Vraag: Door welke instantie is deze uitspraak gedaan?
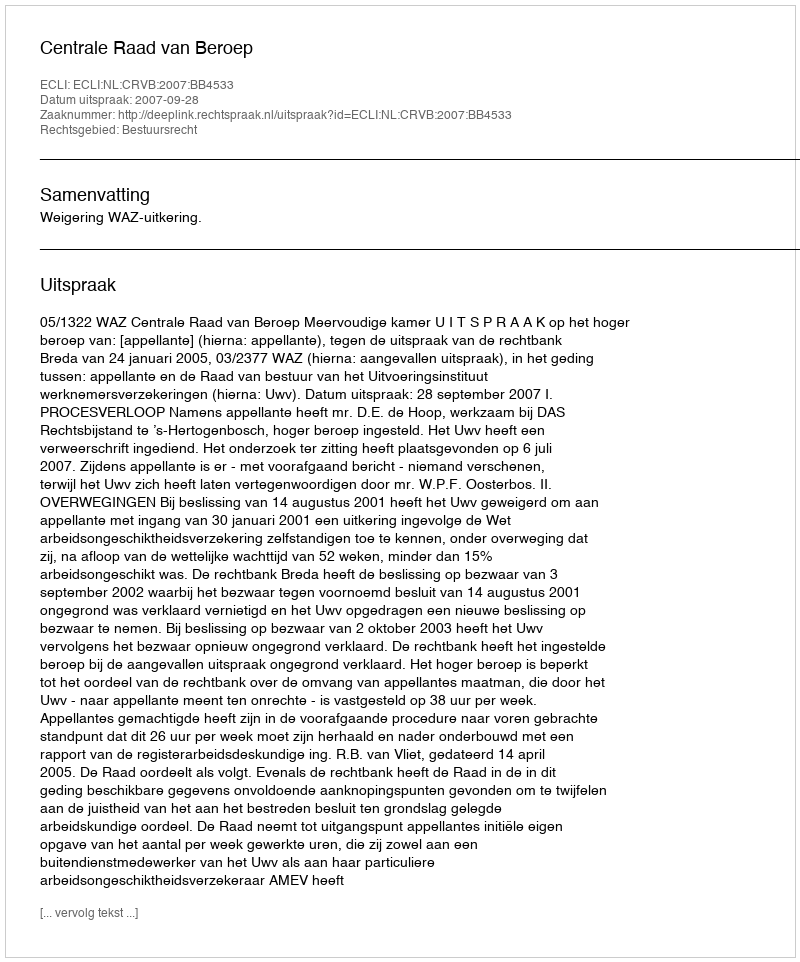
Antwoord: Centrale Raad van Beroep